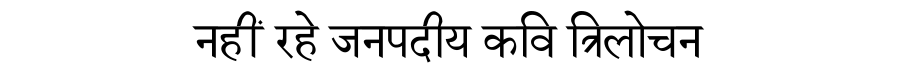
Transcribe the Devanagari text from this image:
नहीं रहे जनपदीय कवि त्रिलोचन